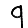
Digit: 9